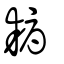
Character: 耨